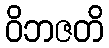
ဝိဘဇတိ